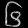
Digit: ၆